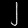
Digit: ၂